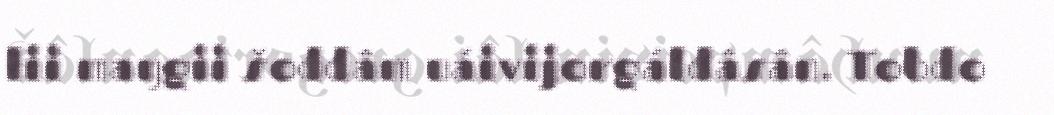
lii maŋgii šoddâm uáivijorgáldâsân. Tobdo